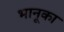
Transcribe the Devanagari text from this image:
भानूका